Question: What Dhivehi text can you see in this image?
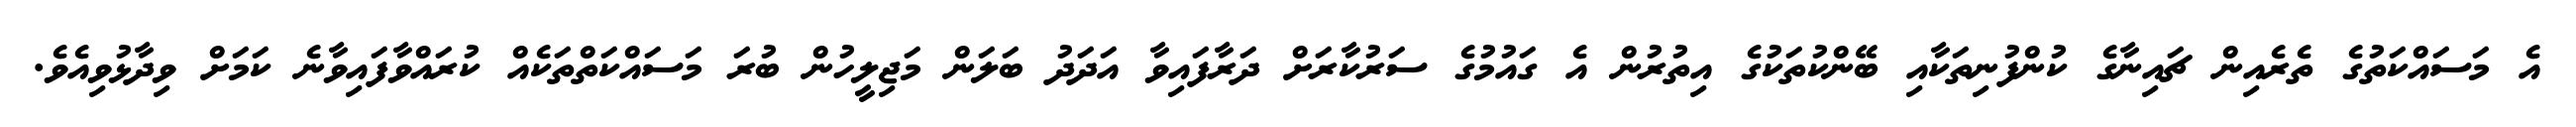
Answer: އެ މަސައްކަތުގެ ތެރެއިން ޗައިނާގެ ކުންފުނިތަކާއި ބޭންކުތަކުގެ އިތުރުން އެ ގައުމުގެ ސަރުކާރަށް ދަރާފައިވާ އަދަދު ބަލަން މަޖިލީހުން ބުރަ މަސައްކަތްތަކެއް ކުރައްވާފައިވާނެ ކަމަށް ވިދާޅުވިއެވެ.